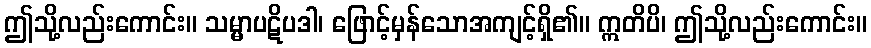
ဤသို့လည်းကောင်း။ သမ္မာပဋိပဒါ၊ ဖြောင့်မှန်သောအကျင့်ရှိ၏။ ဣတိပိ၊ ဤသို့လည်းကောင်း။